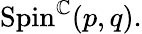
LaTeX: \mathrm{Spin}^{\mathbb{C}}(p,q).